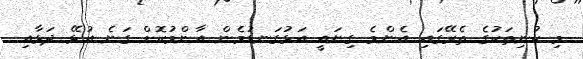
މި ކުނިތަކުގެ ތެރޭގައި އެންމެ ގިނައީ އަޅުގަނޑުމެން އާންމުކޮށް ގަނެ އުޅޭ ދަޅާއި